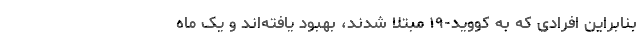
بنابراین افرادی که به کووید-۱۹ مبتلا شدند، بهبود یافته‌اند و یک ماه